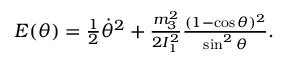
\begin{array} { r } { E ( \theta ) = \frac 1 2 \dot { \theta } ^ { 2 } + \frac { m _ { 3 } ^ { 2 } } { 2 I _ { 1 } ^ { 2 } } \frac { ( 1 - \cos \theta ) ^ { 2 } } { \sin ^ { 2 } \theta } . } \end{array}